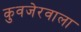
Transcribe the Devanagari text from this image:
कुवजेरवाला